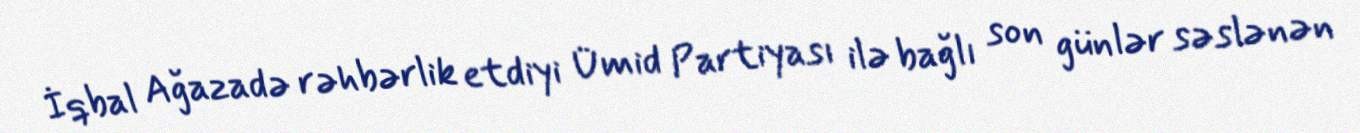
İqbal Ağazadə rəhbərlik etdiyi Ümid Partiyası ilə bağlı son günlər səslənən